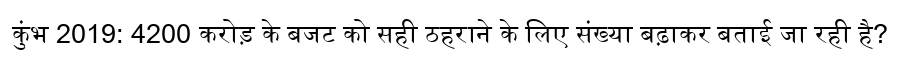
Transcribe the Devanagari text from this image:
कुंभ 2019: 4200 करोड़ के बजट को सही ठहराने के लिए संख्या बढ़ाकर बताई जा रही है?